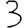
Digit: 3